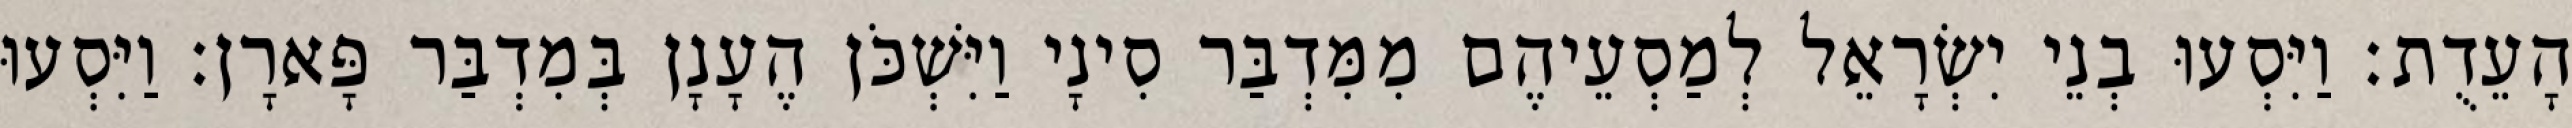
הָעֵדֻת׃ וַיִּסְעוּ בְנֵי יִשְׂרָאֵל לְמַסְעֵיהֶם מִמִּדְבַּר סִינָי וַיִּשְׁכֹּן הֶעָנָן בְּמִדְבַּר פָּארָן׃ וַיִּסְעוּ